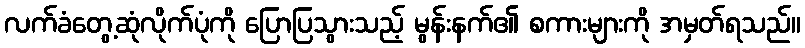
လက်ခံတွေ့ဆုံလိုက်ပုံကို ပြောပြသွားသည့် မွန်းနက်၏ စကားများကို အမှတ်ရသည်။